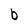
Character: b